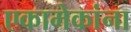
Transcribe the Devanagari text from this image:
एकामेकांना